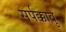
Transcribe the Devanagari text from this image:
सर्पक्कावु